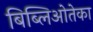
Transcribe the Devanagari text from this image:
बिब्लिओतेका